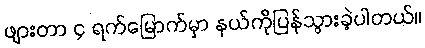
ဖျားတာ ၄ ရက်မြောက်မှာ နယ်ကိုပြန်သွားခဲ့ပါတယ်။